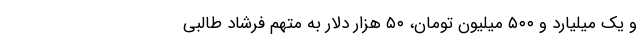
و یک میلیارد و ۵٠٠ میلیون تومان، ۵٠ هزار دلار به متهم فرشاد طالبی